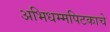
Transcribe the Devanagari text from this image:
अभिधम्मपिटकाचे